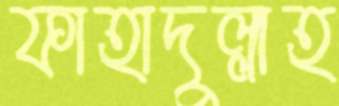
ফাহাদুল্লাহ